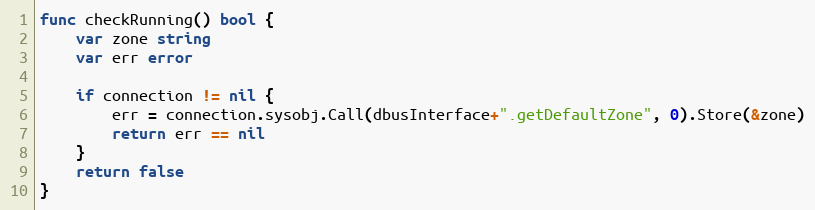
Language: Go
func checkRunning() bool {
	var zone string
	var err error

	if connection != nil {
		err = connection.sysobj.Call(dbusInterface+".getDefaultZone", 0).Store(&zone)
		return err == nil
	}
	return false
}